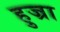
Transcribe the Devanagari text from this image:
हुज्रा